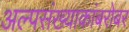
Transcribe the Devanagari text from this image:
अल्पसंख्याकांबरोबर